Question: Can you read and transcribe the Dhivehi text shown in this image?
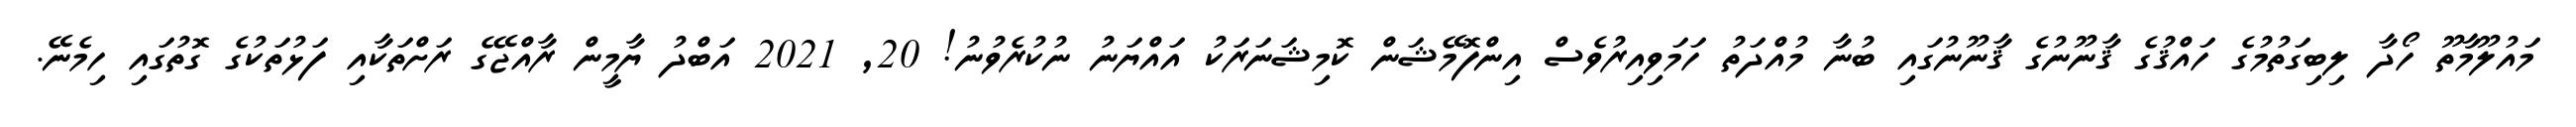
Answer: މައުލޫމާތޫ ހޯދާ ލިބިގަތުމުގެ ހައްޤުގެ ޤާނޫނުގެ ޤާނޫނުގައި ބުނާ މުއްދަތު ހަމަވިއިރުވެސް އިންފޮމޭޝަން ކޮމިޝަނަރަކު އައްޔަނު ނުކުރެވުނު! 20, 2021 އަބްދު ޔާމީން ރާއްޖޭގެ ރަށްތަކާއި ފަޅުތަކުގެ ގޮތުގައި ހިމެނޭ.